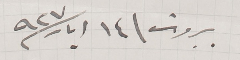
بيروت \ ١٤ ايار سنة ٩٢٧